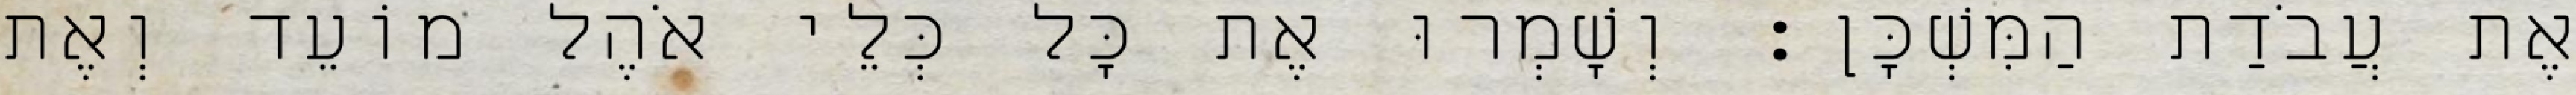
אֶת עֲבֹדַת הַמִּשְׁכָּן׃ וְשָׁמְרוּ אֶת כָּל כְּלֵי אֹהֶל מוֹעֵד וְאֶת